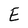
Character: E